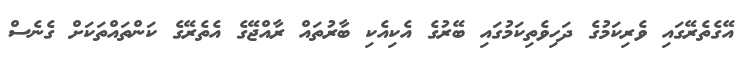
އޭގެތެރޭގައި ވެރިކަމުގެ ދަހިވެތިކަމުގައި ބޭރުގެ އެކިއެކި ބާރުތައް ރާއްޖޭގެ އެތެރޭގެ ކަންތައްތަކަށް ގެނެސް